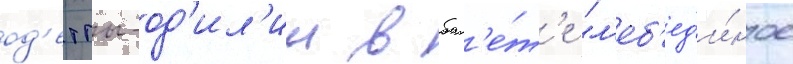
од'етты-од'ил'ии в бал'е́т'е "л'еб'ед'и́ное